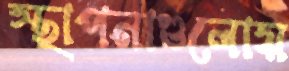
স্থাপনাগুলোয়